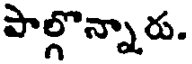
పాల్గొన్నారు.